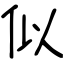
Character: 似